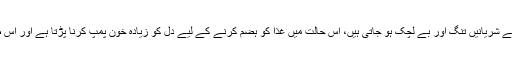
مرغن کھانے:غیر ہضم شدہ غذا سے خون گاڑھا ہو جاتا ہے جس سے شریانیں تنگ اور بے لچک ہو جاتی ہیں، اس حالت میں غذا کو ہضم کرنے کے لیے دل کو زیادہ خون پمپ کرنا پڑتا ہے اور اس طرح خون کا دبائو بڑھ جاتا ہے جو بلڈ پریشر کا باعث بن جاتا ہے۔